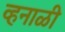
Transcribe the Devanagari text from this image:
व्हनाळी